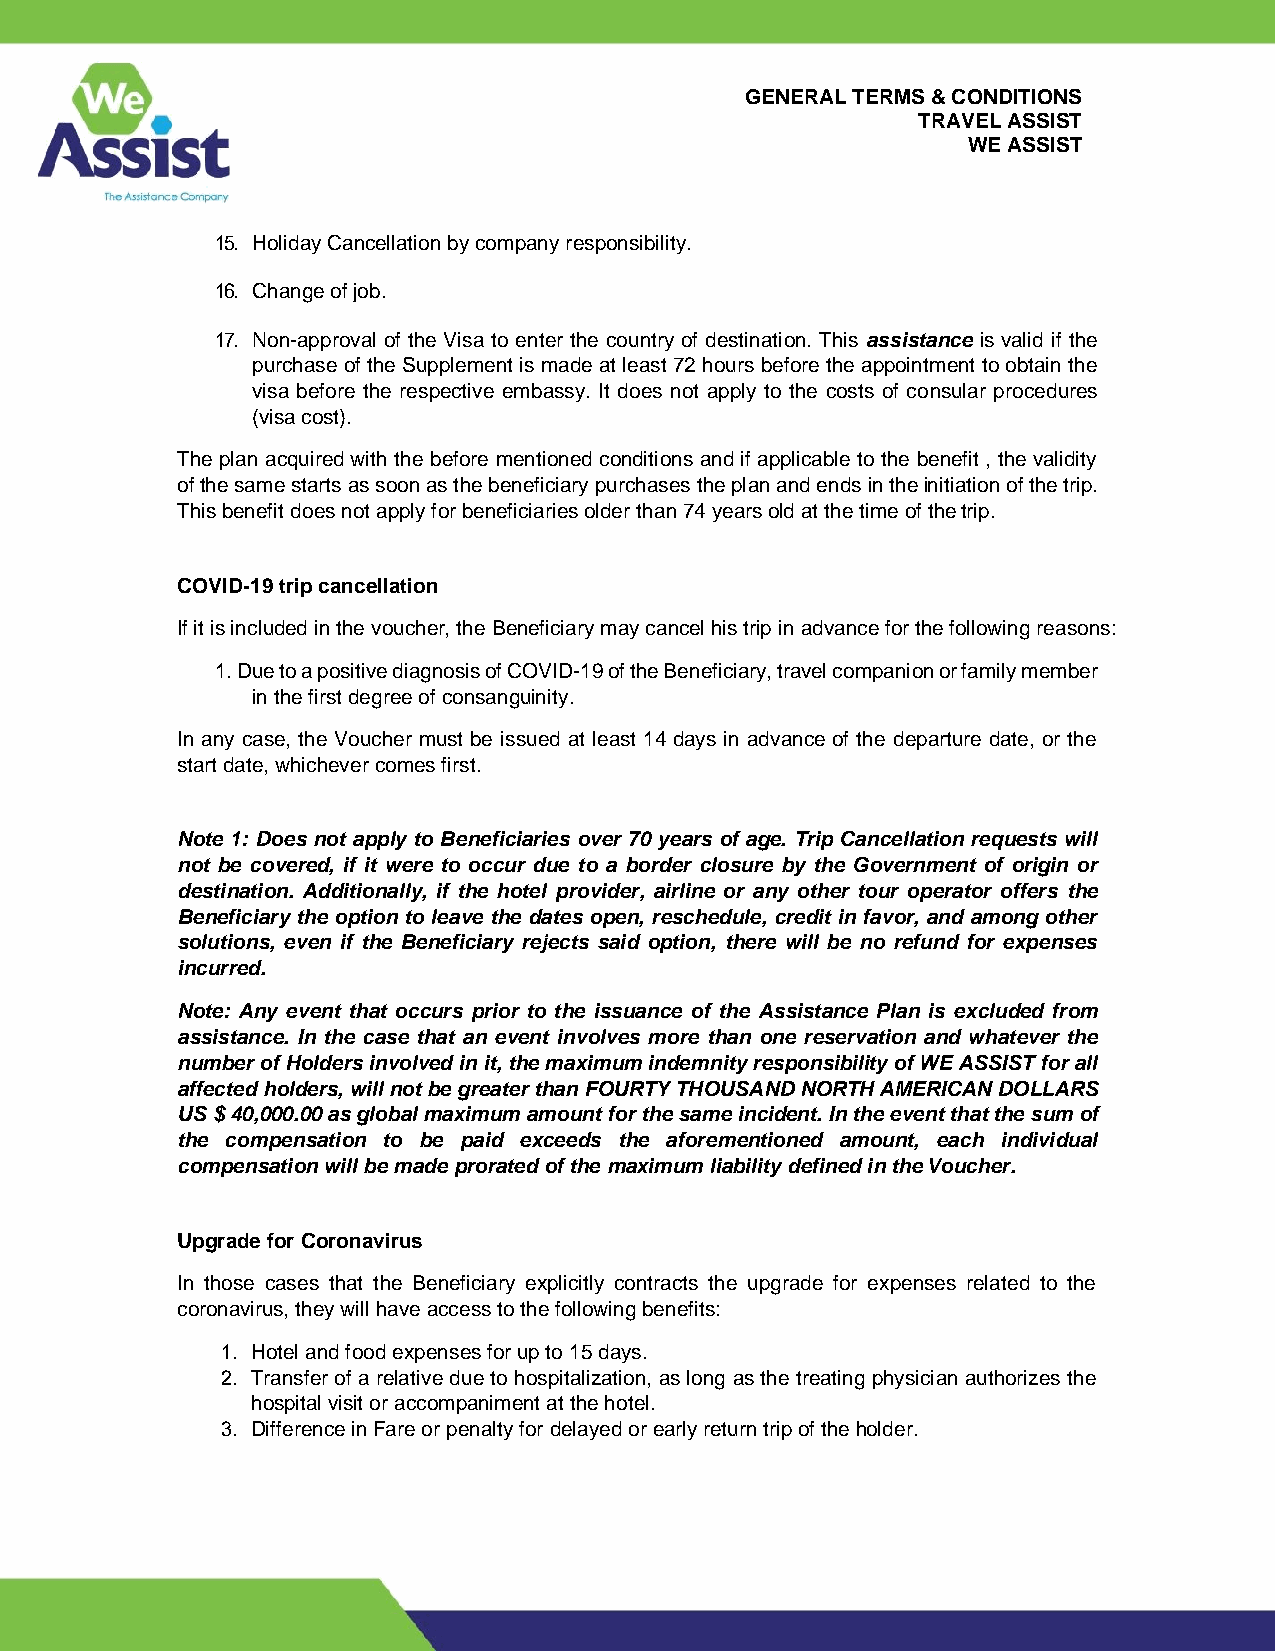
GENERAL TERMS & CONDITIONS
 TRAVEL ASSIST
 WE ASSIST
 15. Holiday Cancellation by company responsibility.
 16. Change of job.
 17. Non-approval of the Visa to enter the country of destination. This assistance is valid if the
 purchase of the Supplement is made at least 72 hours before the appointment to obtain the
 visa before the respective embassy. It does not apply to the costs of consular procedures
 (visa cost).
 The plan acquired with the before mentioned conditions and if applicable to the benefit , the validity
 of the same starts as soon as the beneficiary purchases the plan and ends in the initiation of the trip.
 This benefit does not apply for beneficiaries older than 74 years old at the time of the trip.
 COVID-19 trip cancellation
 If it is included in the voucher, the Beneficiary may cancel his trip in advance for the following reasons:
 1. Due to a positive diagnosis of COVID-19 of the Beneficiary, travel companion or family member
 in the first degree of consanguinity.
 In any case, the Voucher must be issued at least 14 days in advance of the departure date, or the
 start date, whichever comes first.
 Note 1: Does not apply to Beneficiaries over 70 years of age. Trip Cancellation requests will
 not be covered, if it were to occur due to a border closure by the Government of origin or
 destination. Additionally, if the hotel provider, airline or any other tour operator offers the
 Beneficiary the option to leave the dates open, reschedule, credit in favor, and among other
 solutions, even if the Beneficiary rejects said option, there will be no refund for expenses
 incurred.
 Note: Any event that occurs prior to the issuance of the Assistance Plan is excluded from
 assistance. In the case that an event involves more than one reservation and whatever the
 number of Holders involved in it, the maximum indemnity responsibility of WE ASSIST for all
 affected holders, will not be greater than FOURTY THOUSAND NORTH AMERICAN DOLLARS
 US $ 40,000.00 as global maximum amount for the same incident. In the event that the sum of
 the compensation to be paid exceeds the aforementioned amount, each individual
 compensation will be made prorated of the maximum liability defined in the Voucher.
 Upgrade for Coronavirus
 In those cases that the Beneficiary explicitly contracts the upgrade for expenses related to the
 coronavirus, they will have access to the following benefits:
 1. Hotel and food expenses for up to 15 days.
 2. Transfer of a relative due to hospitalization, as long as the treating physician authorizes the
 hospital visit or accompaniment at the hotel.
 3. Difference in Fare or penalty for delayed or early return trip of the holder.